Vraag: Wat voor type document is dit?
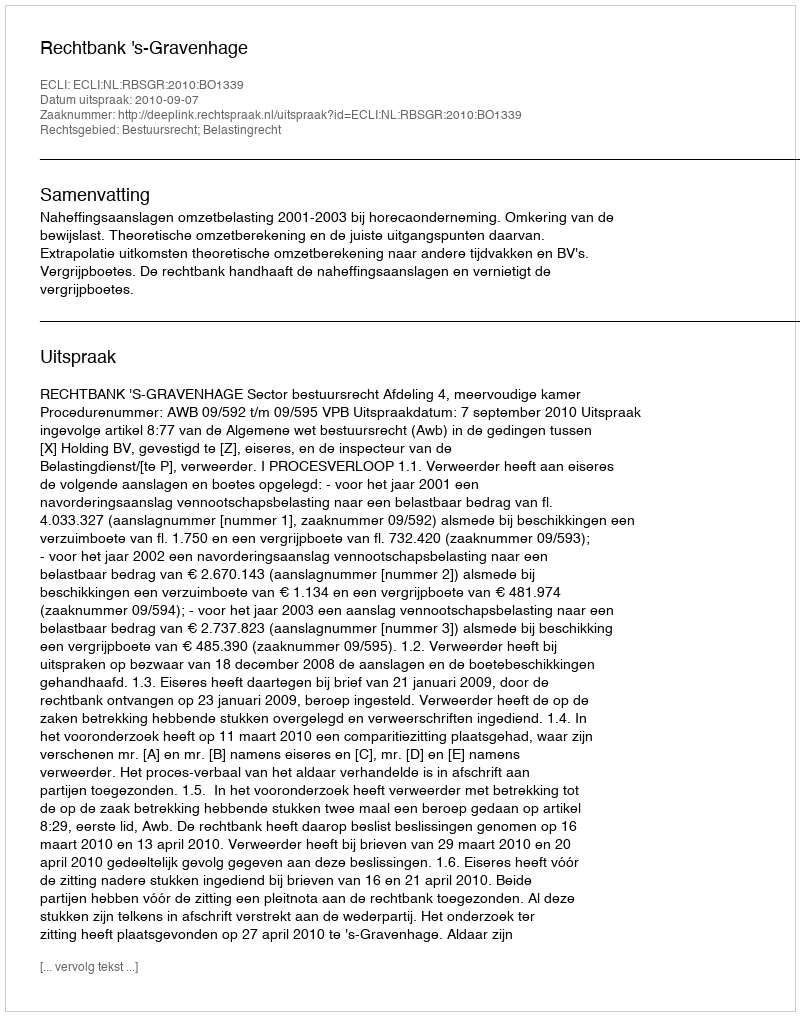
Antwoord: Uitspraak